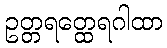
ဥတ္တရတ္ထေရဂါထာ